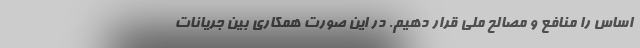
اساس را منافع و مصالح ملی قرار دهیم. در این صورت همکاری بین جریانات